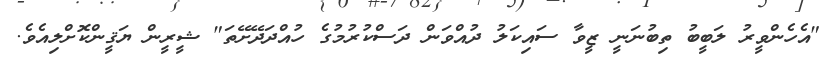
"އެހެންވީރު ލަބީބު ތިބުނަނީ ޒީވާ ސައިކަލު ދުއްވަން ދަސްކުރުމުގެ ހުއްދަދޭށޭތަ" ޝީރީން ޔަޤީންކޮށްލިއެވެ.